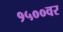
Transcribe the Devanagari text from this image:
१५००वर